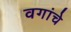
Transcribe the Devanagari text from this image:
वगांचे